65_HS1-834228961_62-HQ-83894_Section_5
Agency: FBI
Page 207
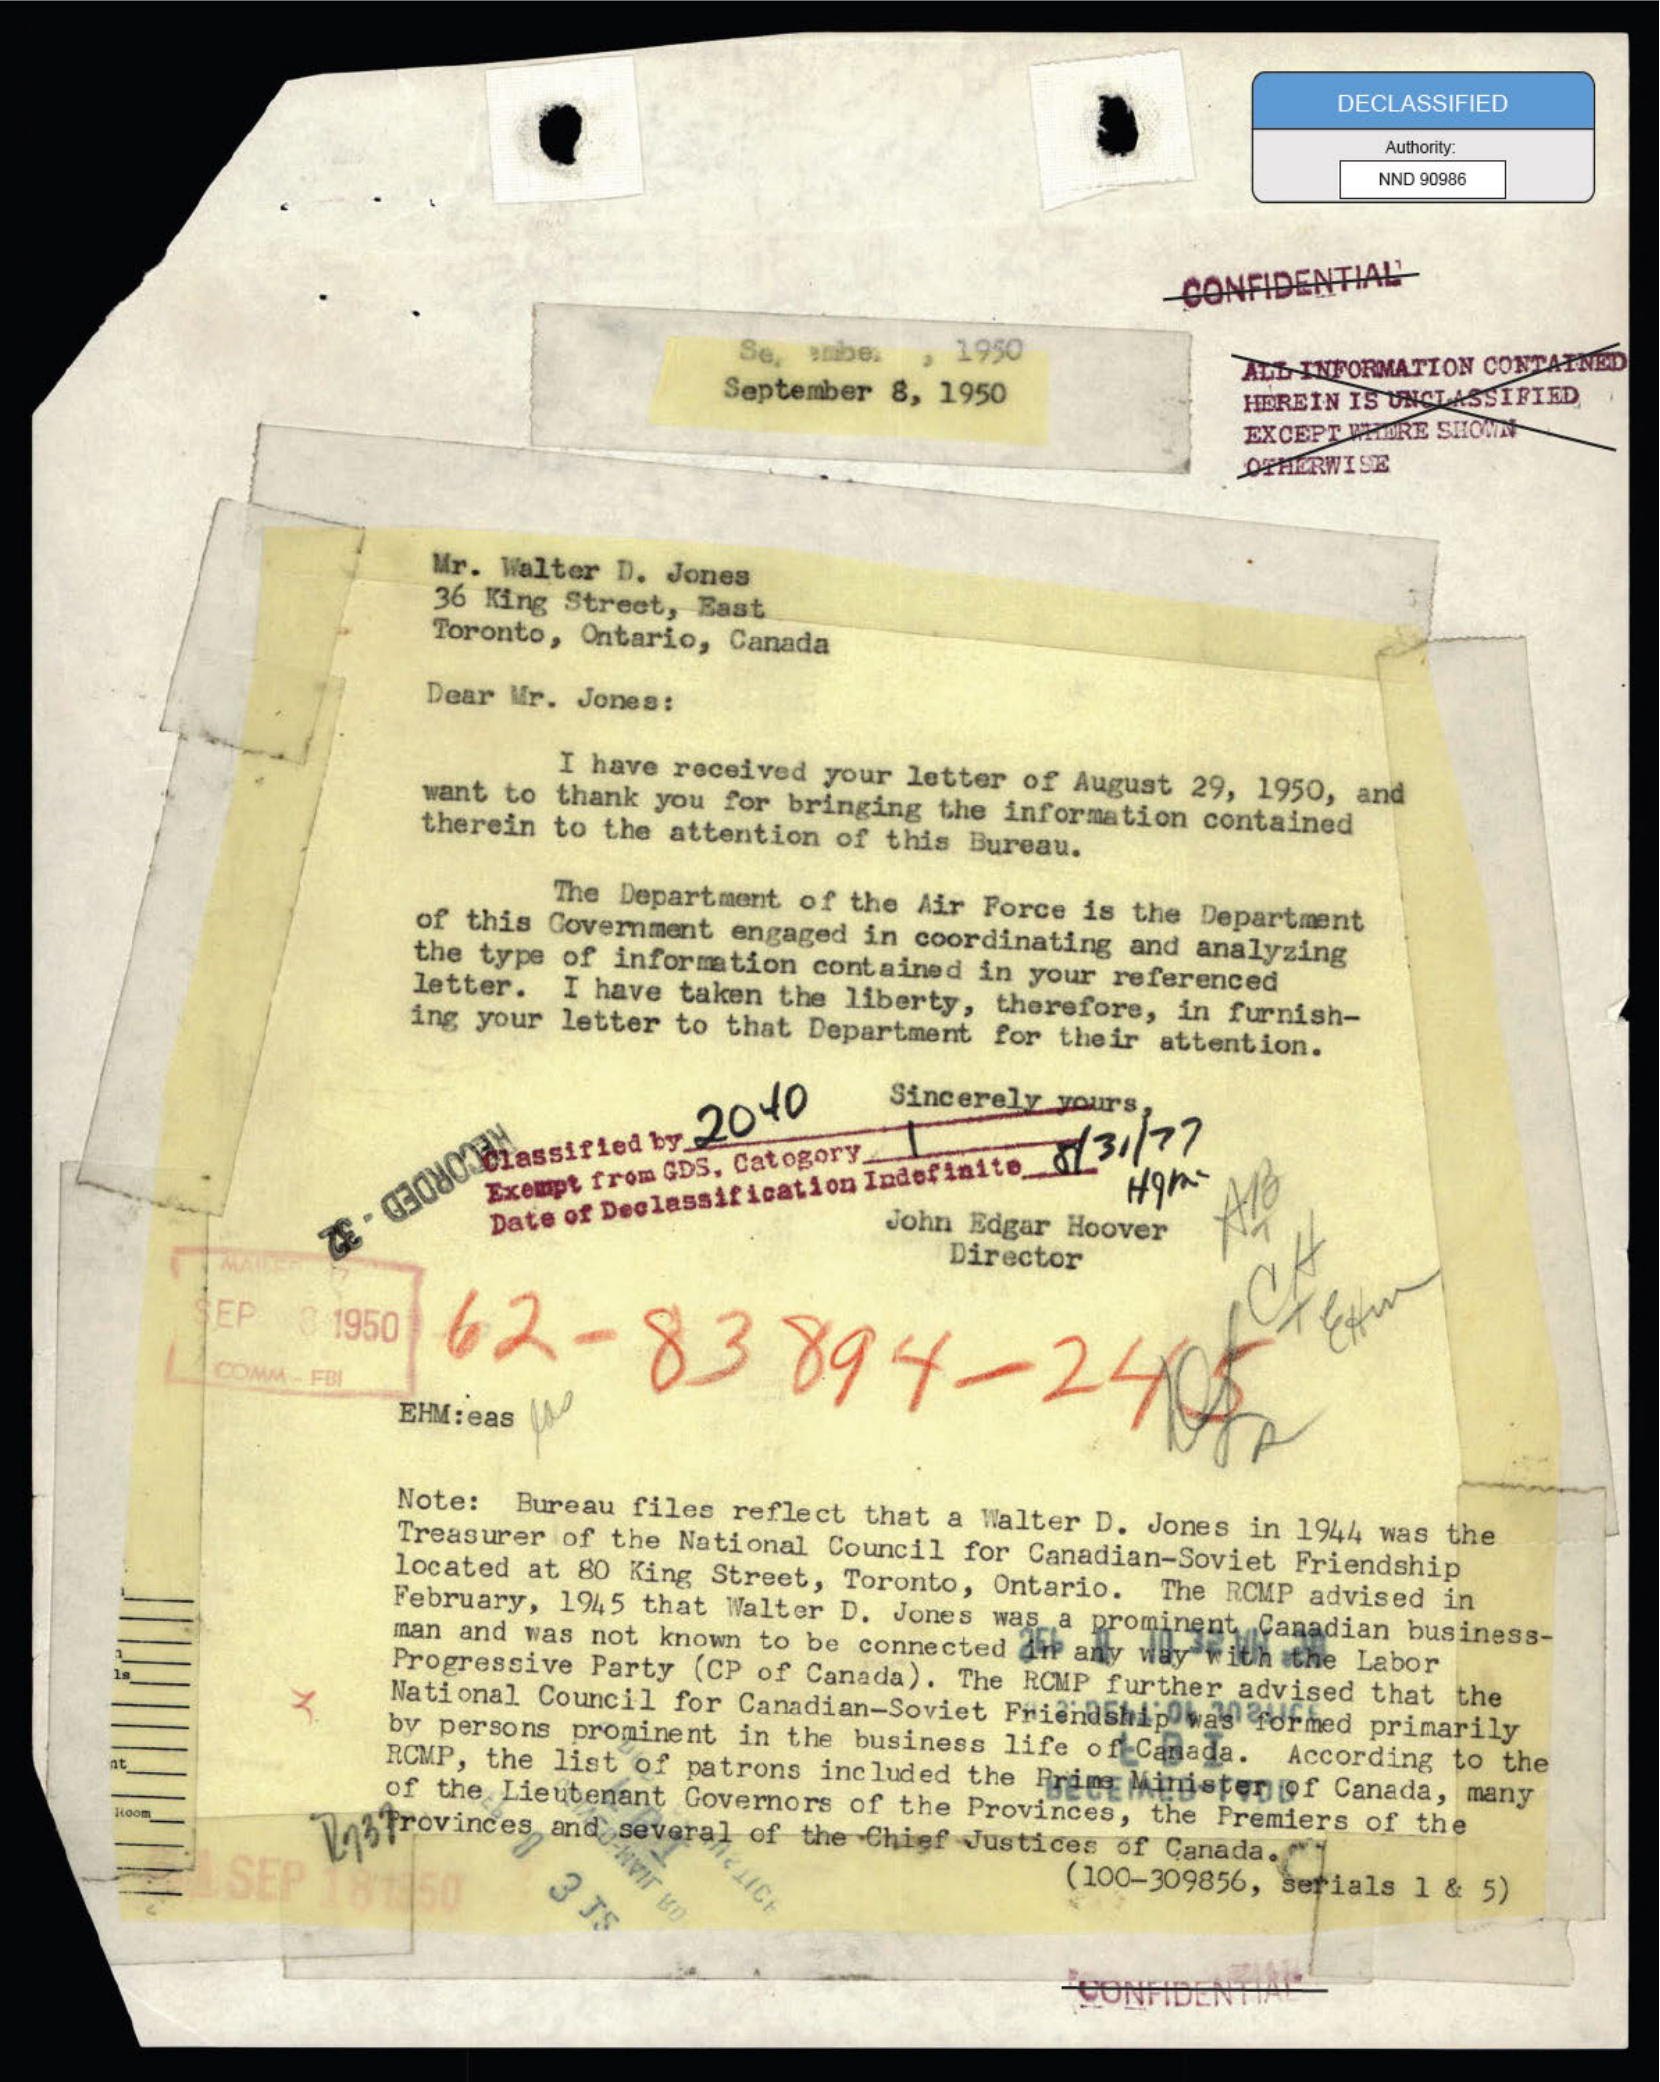